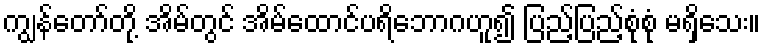
ကျွန်တော်တို့ အိမ်တွင် အိမ်ထောင်ပရိဘောဂဟူ၍ ပြည့်ပြည့်စုံစုံ မရှိသေး။